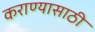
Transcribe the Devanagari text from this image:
कराण्यासाठी